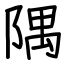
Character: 隅